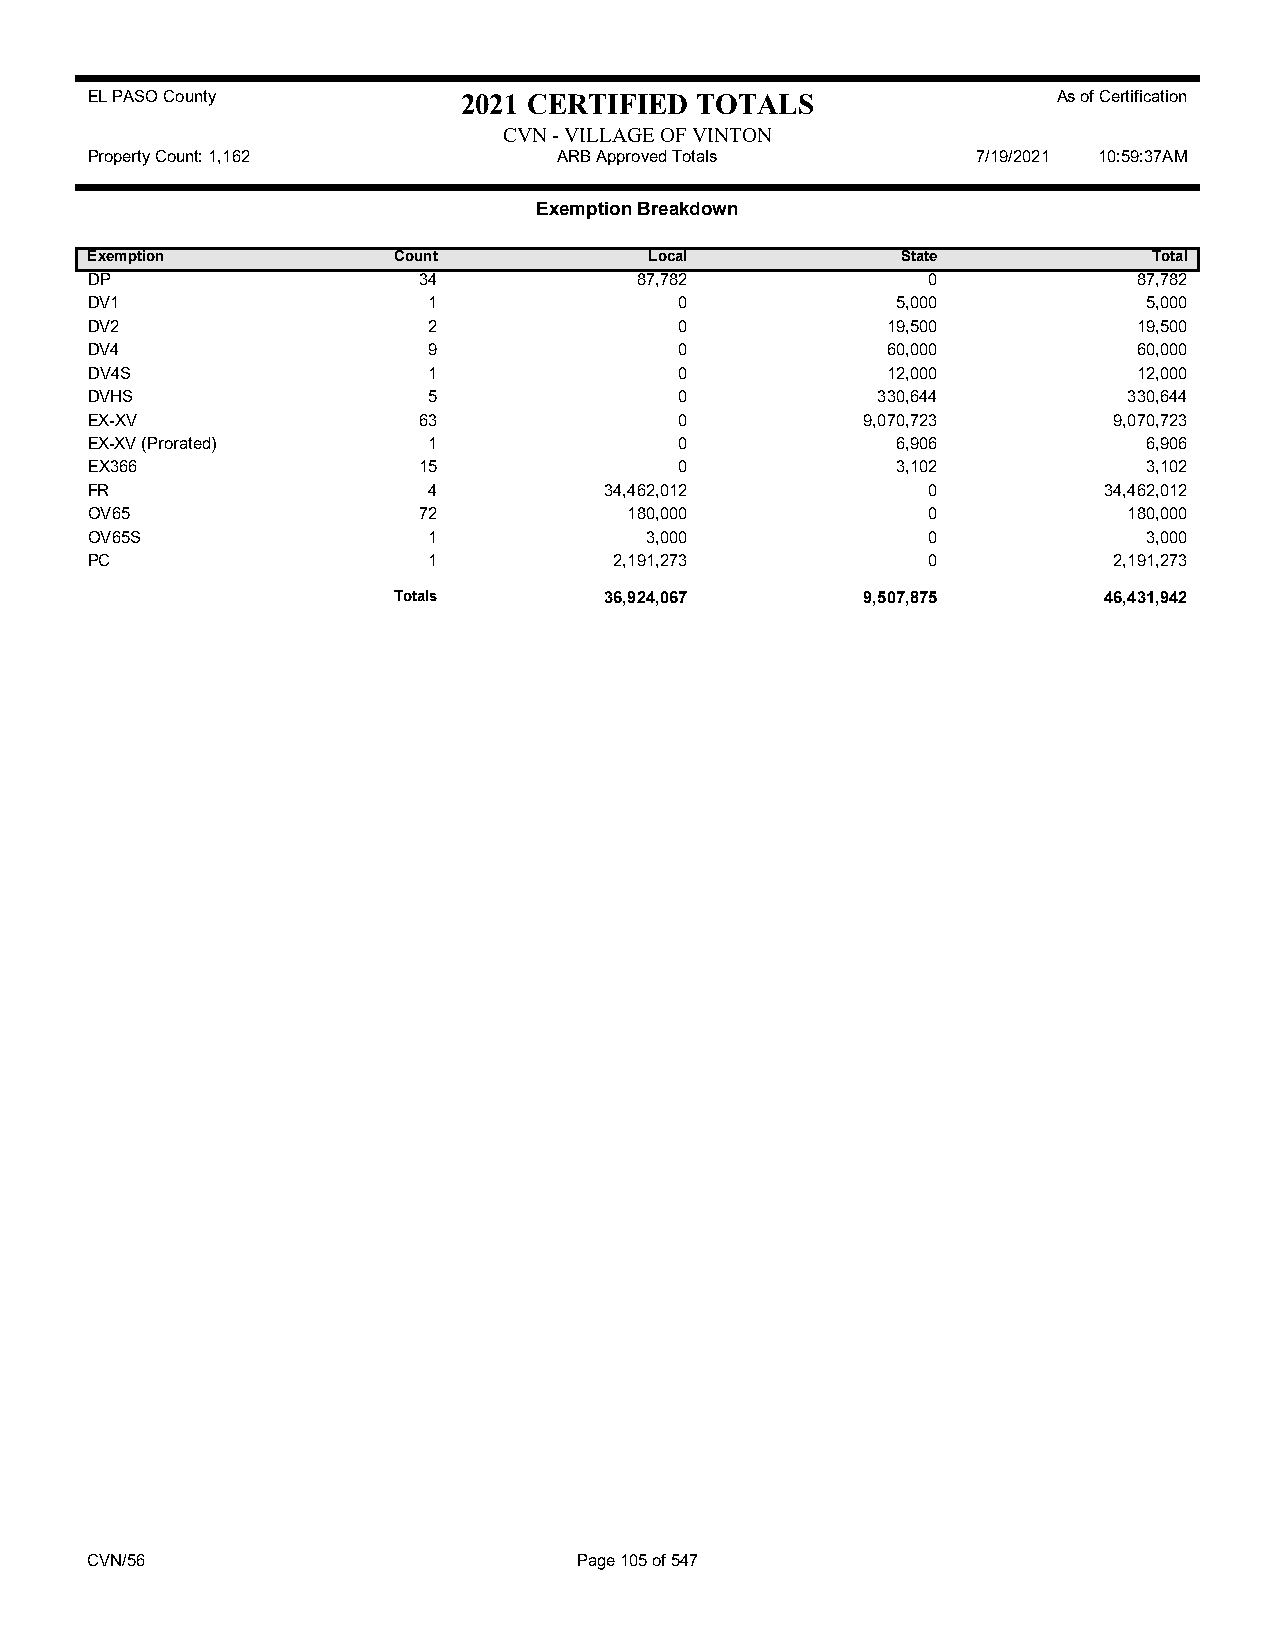
EL PASO County           2021 CERTIFIED TOTALS                  As of Certification
 CVN - VILLAGE OF VINTON
 Property Count: 1,162          ARB Approved Totals         7/19/2021 10:59:37AM
 Exemption Breakdown
 Exemption           Count            Local            State           Total
 DP                    34            87,782             0             87,782
 DV1                   1                0             5,000            5,000
 DV2                   2                0             19,500          19,500
 DV4                   9                0             60,000          60,000
 DV4S                  1                0             12,000          12,000
 DVHS                  5                0            330,644          330,644
 EX-XV                 63               0           9,070,723        9,070,723
 EX-XV (Prorated)      1                0             6,906            6,906
 EX366                 15               0             3,102            3,102
 FR                    4           34,462,012           0           34,462,012
 OV65                  72            180,000            0             180,000
 OV65S                 1              3,000             0              3,000
 PC                    1            2,191,273           0            2,191,273
 Totals        36,924,067       9,507,875       46,431,942
 CVN/56                          Page 105 of 547